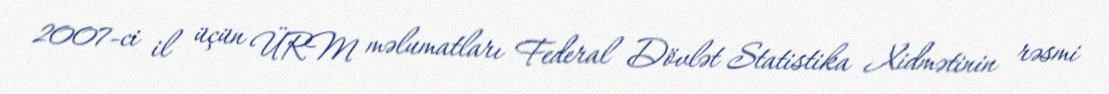
2007-ci il üçün ÜRM məlumatları Federal Dövlət Statistika Xidmətinin rəsmi